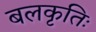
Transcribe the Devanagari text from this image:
बलकृतिः